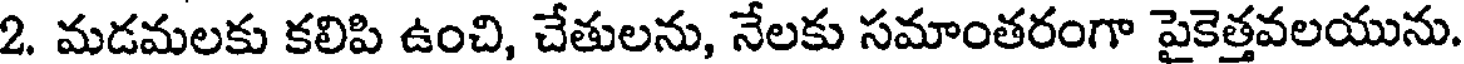
2. మడమలకు కలిపి ఉంచి, చేతులను, నేలకు సమాంతరంగా పైకెత్తవలయును.